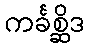
ကင်္ခစ္ဆိဒ